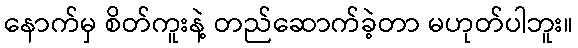
နောက်မှ စိတ်ကူးနဲ့ တည်ဆောက်ခဲ့တာ မဟုတ်ပါဘူး။